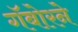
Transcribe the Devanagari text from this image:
गॅबोरने